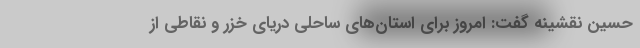
حسین نقشینه گفت: امروز برای استان‌های ساحلی دریای خزر و نقاطی از